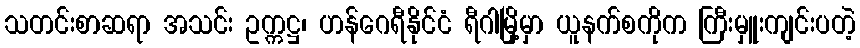
သတင်းစာဆရာ အသင်း ဥက္ကဋ္ဌ၊ ဟန်ဂေရီနိုင်ငံ ရီဂါမြို့မှာ ယူနက်စကိုက ကြီးမှူးကျင်းပတဲ့